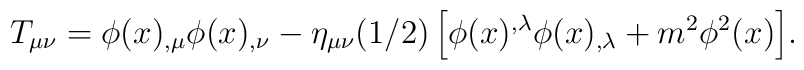
T_{\mu\nu} = \phi(x)_{,\mu}\phi(x)_{,\nu} - \eta_{\mu\nu}(1/2)\left[\phi(x)^{,\lambda}\phi(x)_{,\lambda}  + m^2 \phi^2(x)\right]\!.